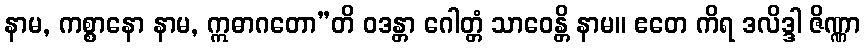
နာမ, ကစ္စာနော နာမ, ဣဓာဂတော”တိ ဝဒန္တာ ဂေါတ္တံ သာဝေန္တိ နာမ။ ဧတေ ကိရ ဒလိဒ္ဒါ ဇိဏ္ဏာ